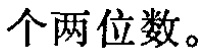
个两位数。